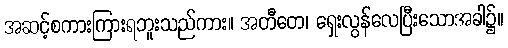
အဆင့်စကားကြားရဘူးသည်ကား။ အတီတေ၊ ရှေးလွန်လေပြီးသောအခါ၌။